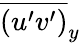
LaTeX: \overline{{\left(u^{\prime}v^{\prime}\right)}}_{y}